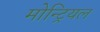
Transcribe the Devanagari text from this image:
मोन्ट्रियल